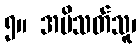
၅။ အမိသတ်သူ၊